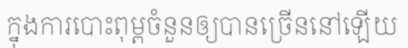
ក្នុងការបោះពុម្ពចំនួនឲ្យបានច្រើននៅឡើយ